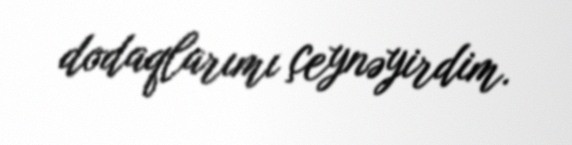
dodaqlarımı çeynəyirdim.